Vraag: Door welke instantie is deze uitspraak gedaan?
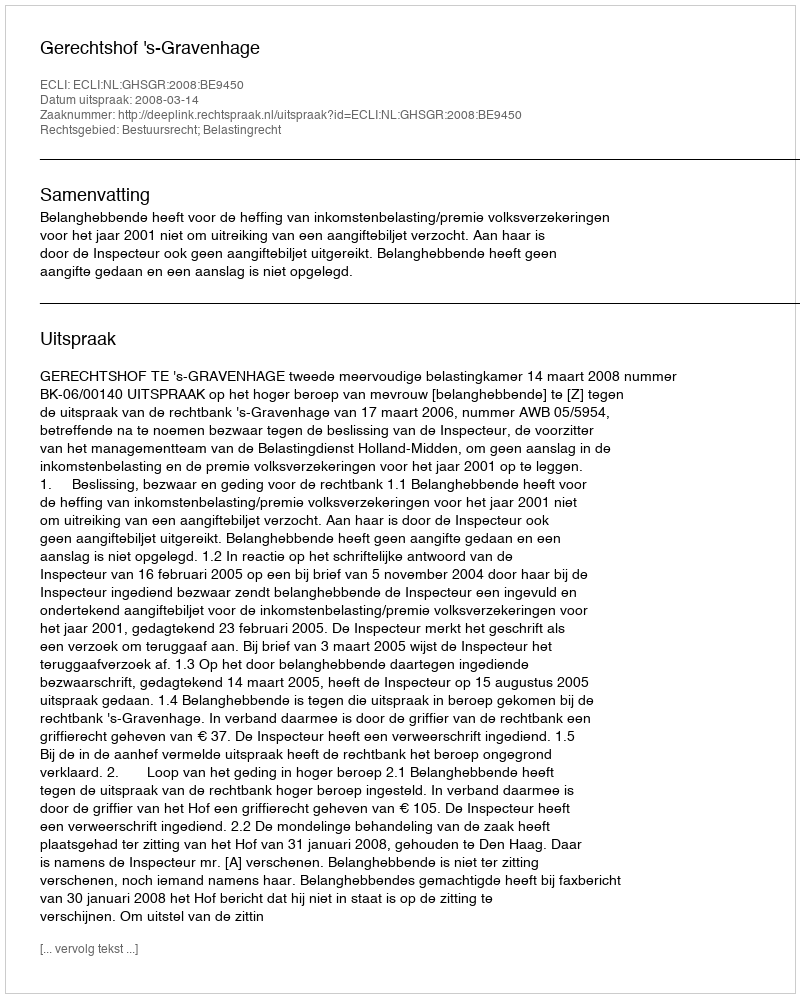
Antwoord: Gerechtshof 's-Gravenhage